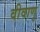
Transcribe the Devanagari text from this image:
वीवाणु